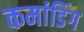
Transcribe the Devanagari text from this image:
कमांडिंग